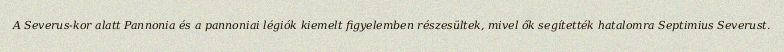
A Severus-kor alatt Pannonia és a pannoniai légiók kiemelt figyelemben részesültek, mivel ők segítették hatalomra Septimius Severust.